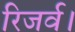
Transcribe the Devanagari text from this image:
रिजर्व।